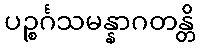
ပဉ္စင်္ဂသမန္နာဂတန္တိ